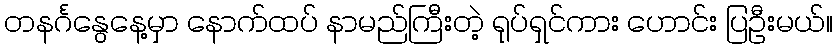
တနင်္ဂနွေနေ့မှာ နောက်ထပ် နာမည်ကြီးတဲ့ ရုပ်ရှင်ကား ဟောင်း ပြဦးမယ်။